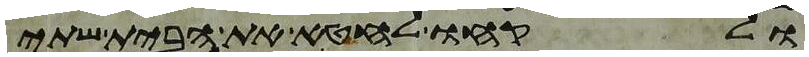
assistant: ולקחו לחטא את הבית שתי